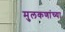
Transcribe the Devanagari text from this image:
मुलकणांच्या